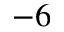
- 6